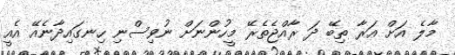
މާލެ އަށް އަރާ ތިބޭ ދަ ރާއްޖެތެރޭ މީހުންނަށް ނުވިސްނި ހިނގައިދާނެއޭ އެއީ